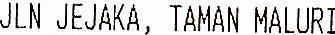
JLN JEJAKA, TAMAN MALURI